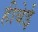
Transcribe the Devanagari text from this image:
हीबेई